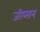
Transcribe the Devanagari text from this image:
जीब्सन